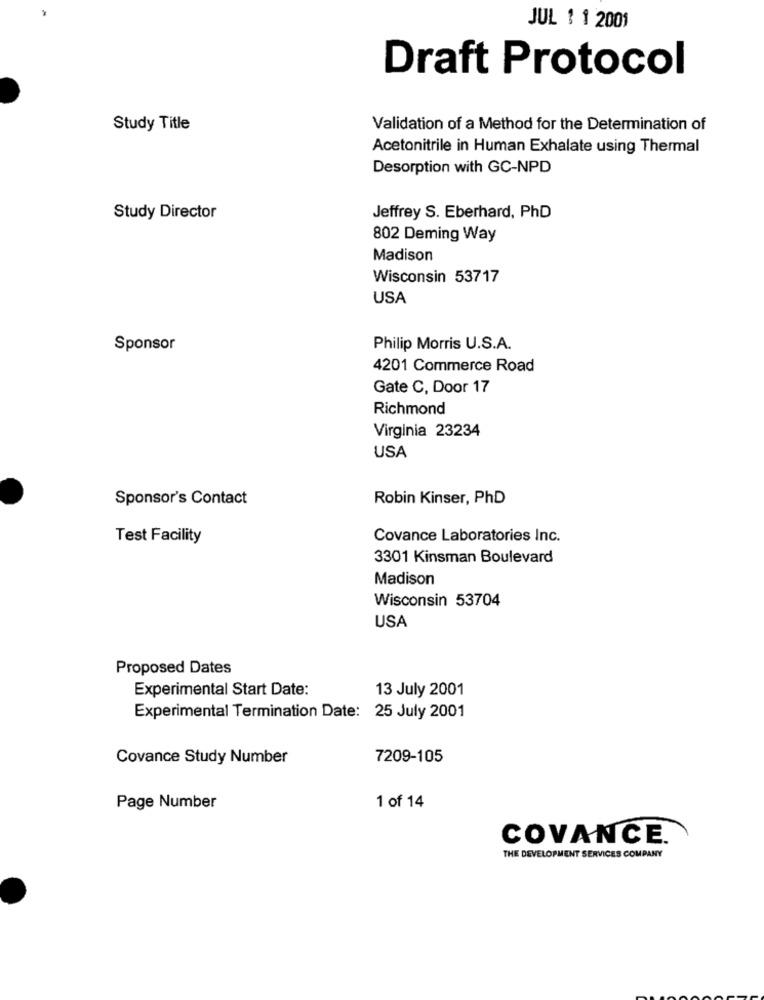
JUL 1 1 2001
Draft Protocol
Study Title
Validation of a Method for the Determination of
Acetonitrile in Human Exhalate using Thermal
Desorption with GC-NPD
Study Director
Jeffrey S. Eberhard, PhD
802 Deming Way
Madison
Wisconsin 53717
USA
Sponsor
Philip Morris U.S.A.
4201 Commerce Road
Gate C, Door 17
Richmond
Virginia 23234
USA
Sponsor's Contact
Robin Kinser, PhD
Test Facility
Covance Laboratories Inc.
3301 Kinsman Boulevard
Madison
Wisconsin 53704
USA
Proposed Dates
Experimental Start Date:
13 July 2001
Experimental Termination Date: 25 July 2001
Covance Study Number
7209-105
Page Number
1 of 14
COVANCE.
THE DEVELOPMENT SERVICES COMPANY